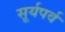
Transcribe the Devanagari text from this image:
सूर्यपर्व